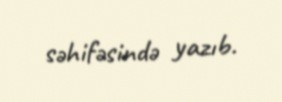
səhifəsində yazıb.